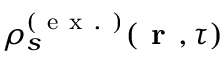
\rho _ { s } ^ { ( \mathrm { ~ e ~ x ~ . ~ } ) } ( \textbf { r } , \tau )